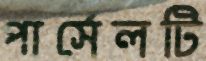
পার্সেলটি